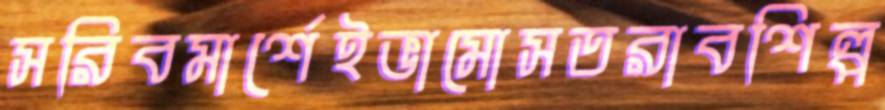
সরিবমার্শেইভামোসতরাবশিল্প